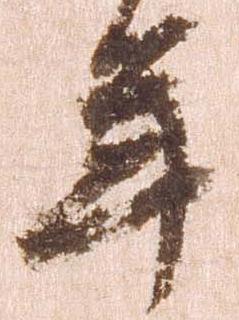
年